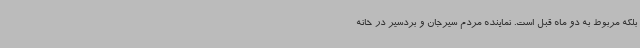
بلکه مربوط به دو ماه قبل است. نماینده مردم سیرجان و بردسیر در خانه